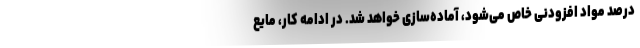
درصد مواد افزودنی خاص می‌شود، آماده‌سازی خواهد شد. در ادامه کار، مایع